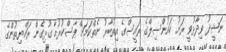
ނަޝީދު ވިދާޅުވީ ރަށު ކައުންސިލްގެ ރައީސްގެ އިތުބާރު ނެތްކަމަށް ފާސްކުރުމާ ގުޅިގެން ރައްޔިތުންގެ